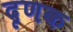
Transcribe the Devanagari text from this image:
दृणक